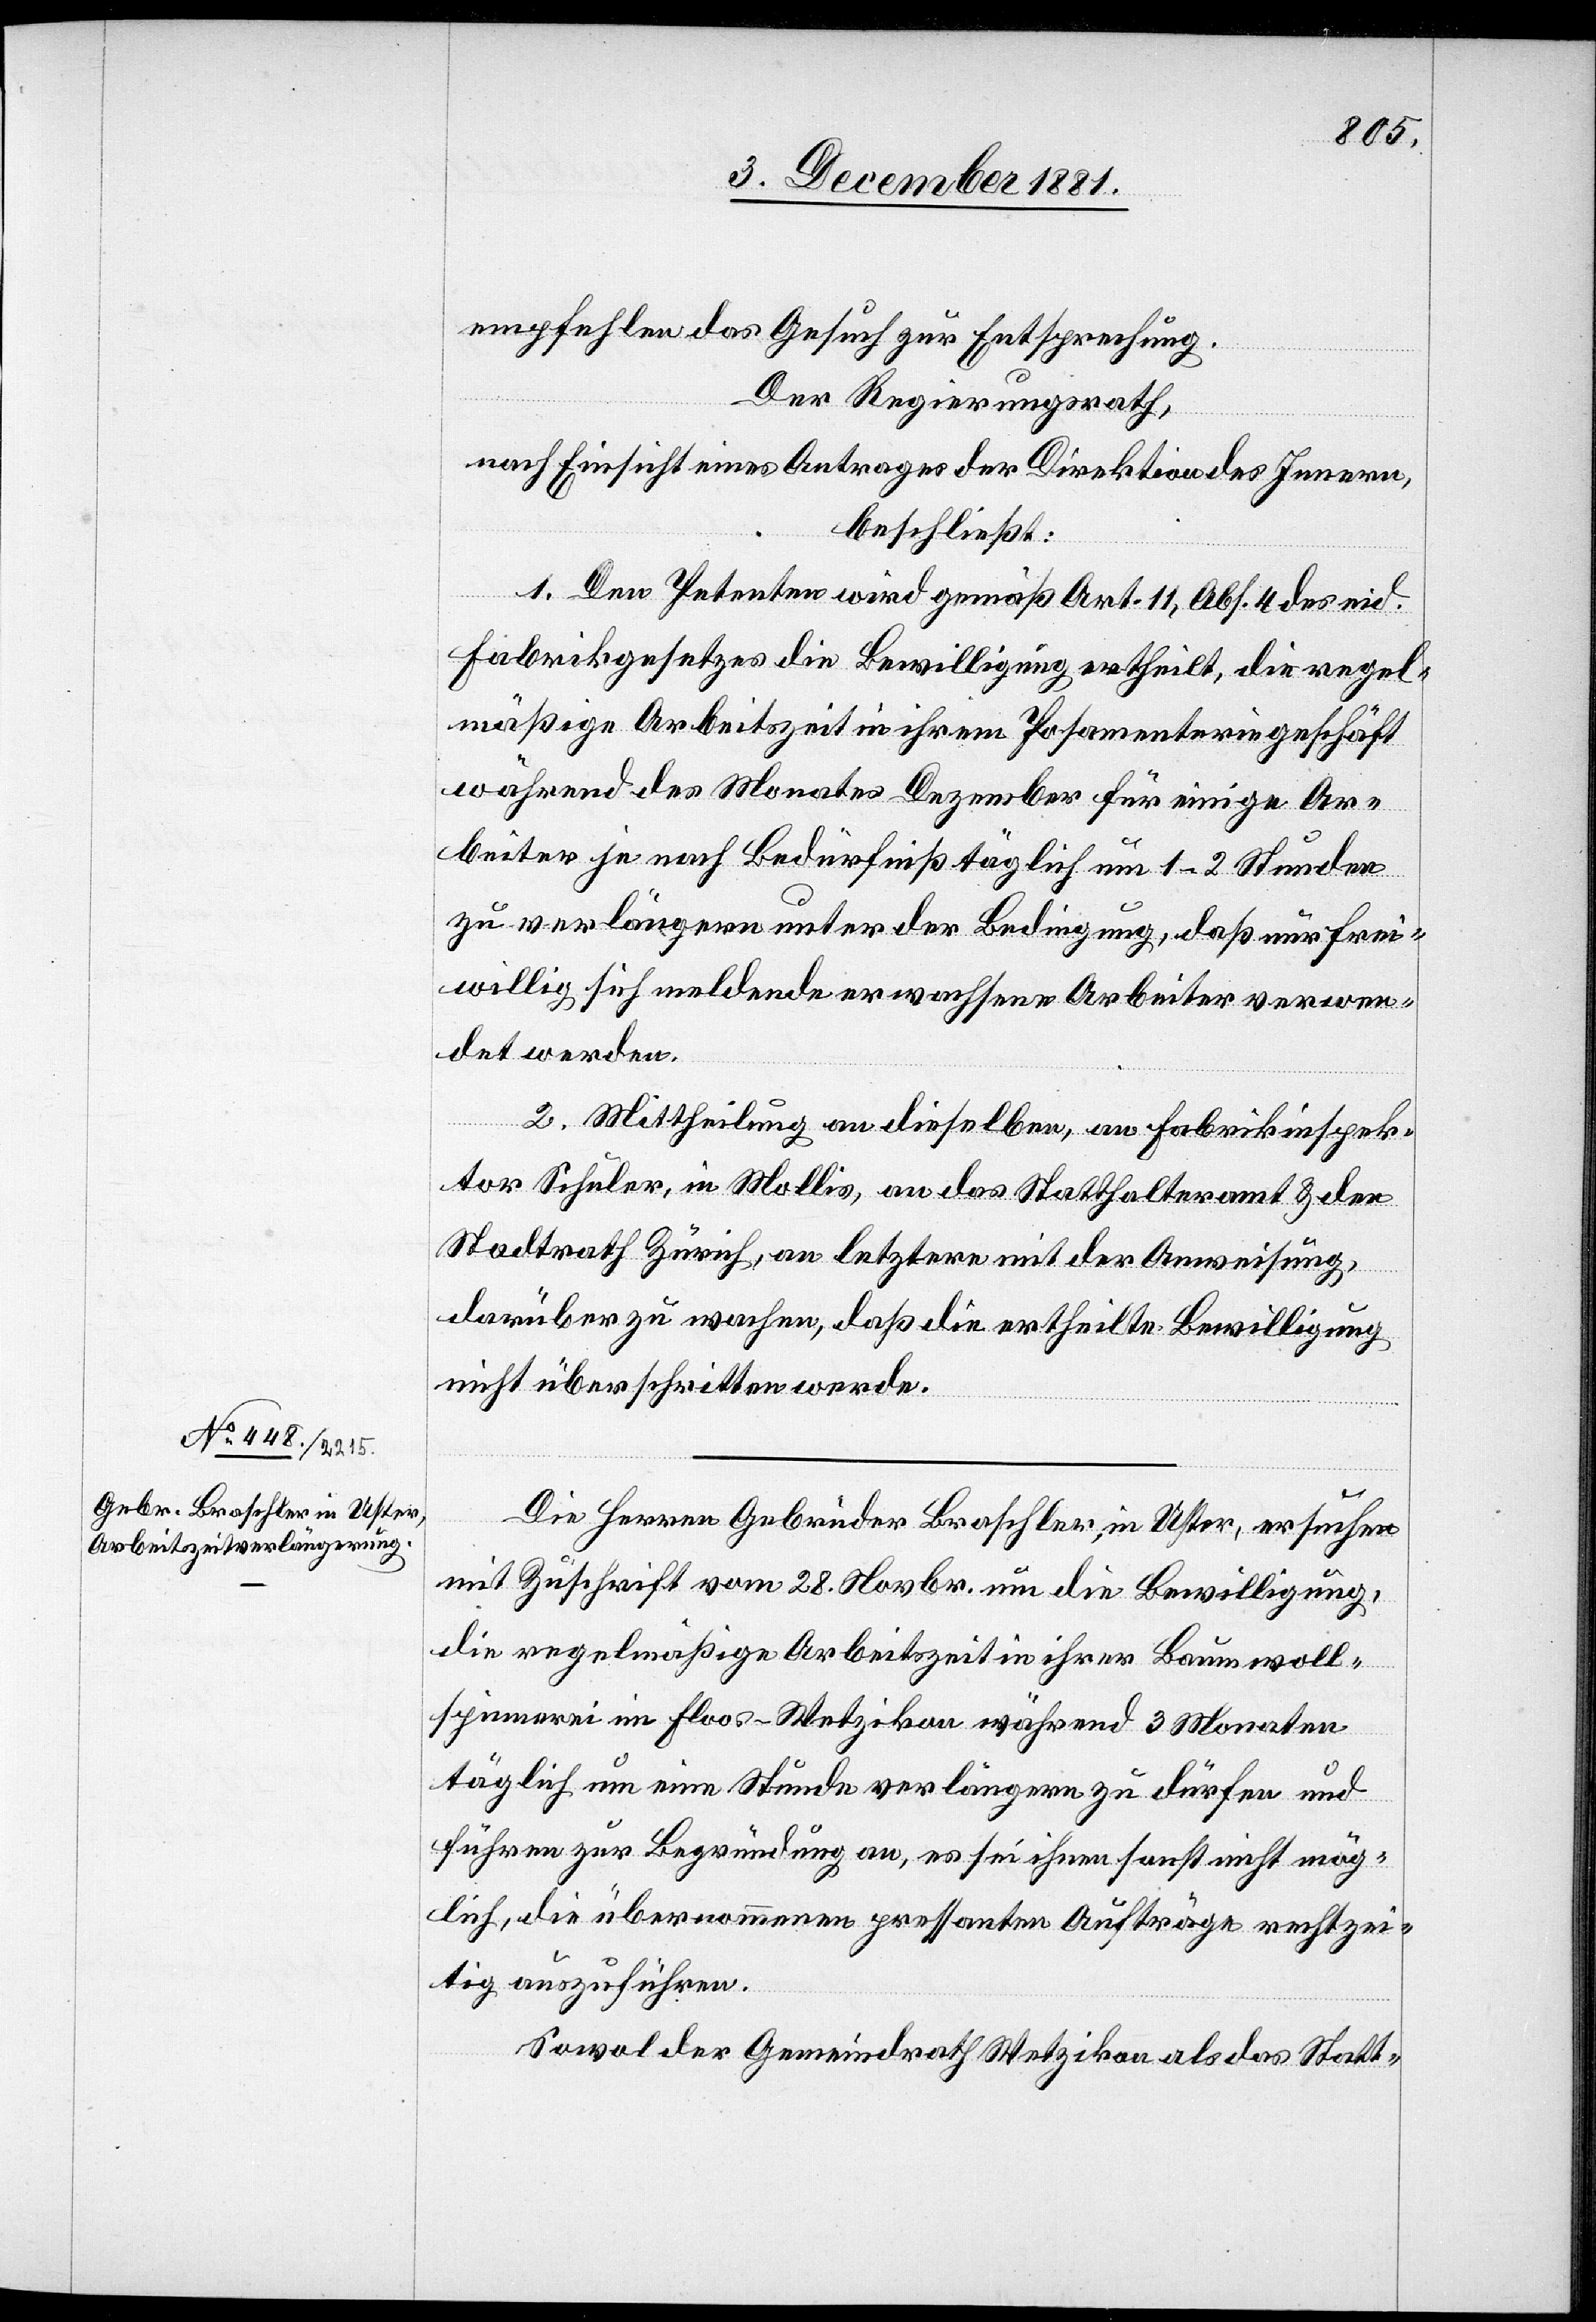
8. December 1881.]
empfehlen das Gesuch zur Entsprechung.
Der Regierungsrath,
nach Einsicht eines Antrages der Direktion des Innern,
beschließt:
1. Den Petenten wird gemäß Art. 11, Abs. 4 des eid.
Fabrikgesetzes die Bewilligung ertheilt, die regel¬
mäßige Arbeitszeit in ihrem Posamenteriegeschäft
während des Monates Dezember für einige Ar¬
beiter je nach Bedürfniß täglich um 1–2 Stunden
zu verlängern unter der Bedingung, daß nur frei¬
willig sich meldende erwachsene Arbeiter verwen¬
det werden.
2. Mittheilung an dieselben, an Fabrikinspek¬
tor Schuler, in Mollis, an das Statthalteramt & den
Stadtrath Zürich, an letztere mit der Anweisung,
darüber zu wachen, daß die ertheilte Bewilligung
nicht überschritten werde.
Die Herren Gebrüder Braschler, in Uster, ersuchen
mit Zuschrift vom 28. Novbr. um die Bewilligung,
die regelmäßige Arbeitszeit in ihrer Baumwoll¬
spinnerei im Floos - Wetzikon während 3 Monaten
täglich um eine Stunde verlängern zu dürfen und
führen zur Begründung an, es sei ihnen sonst nicht mög¬
lich, die übernommenen pressanten Aufträge rechtzei¬
tig auszuführen.
Sowol der Gemeindrath Wetzikon als das Statt-